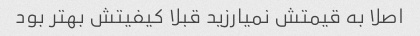
اصلا به قیمتش نمیارزید قبلا کیفیتش بهتر بود